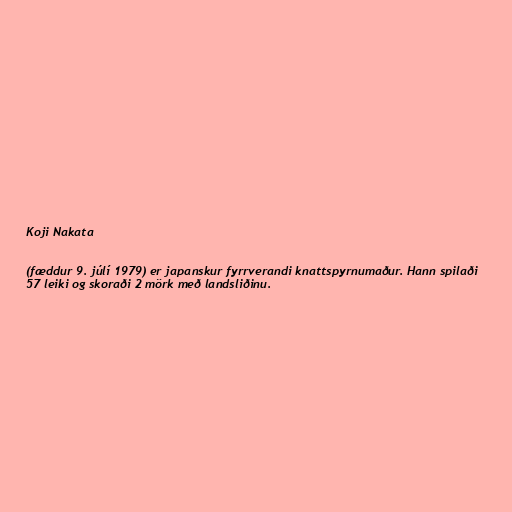
Koji Nakata

(fæddur 9. júlí 1979) er japanskur fyrrverandi knattspyrnumaður. Hann spilaði
57 leiki og skoraði 2 mörk með landsliðinu.